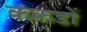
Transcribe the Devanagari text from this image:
कंकडों